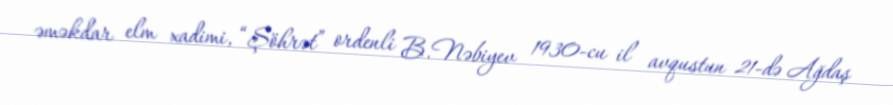
əməkdar elm xadimi, “Şöhrət” ordenli B.Nəbiyev 1930-cu il avqustun 21-də Ağdaş